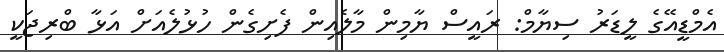
އެމްޑީއޭގެ ލީޑަރު ސިޔާމް: ރައީސް ޔާމިން މާލެއިން ފެށިގެން ހުޅުލެއަށް އަޅާ ބްރިޖަކީ